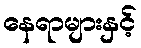
နေရာများနှင့်